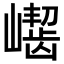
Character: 𪩛